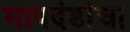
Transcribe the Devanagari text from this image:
मापदंडांचा